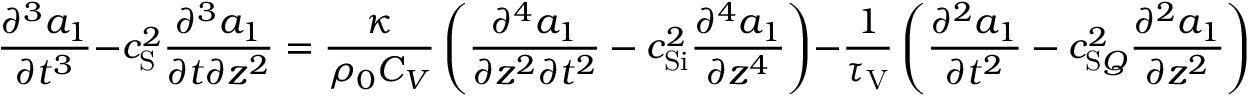
\frac { \partial ^ { 3 } a _ { 1 } } { \partial t ^ { 3 } } - c _ { \mathrm { S } } ^ { 2 } \frac { \partial ^ { 3 } a _ { 1 } } { \partial t \partial z ^ { 2 } } = \frac { \kappa } { \rho _ { 0 } C _ { V } } \left( \frac { \partial ^ { 4 } a _ { 1 } } { \partial z ^ { 2 } \partial t ^ { 2 } } - c _ { \mathrm { S i } } ^ { 2 } \frac { \partial ^ { 4 } a _ { 1 } } { \partial z ^ { 4 } } \right) - \frac { 1 } { \tau _ { \mathrm { V } } } \left( \frac { \partial ^ { 2 } a _ { 1 } } { \partial t ^ { 2 } } - c _ { \mathrm { S } Q } ^ { 2 } \frac { \partial ^ { 2 } a _ { 1 } } { \partial z ^ { 2 } } \right) .